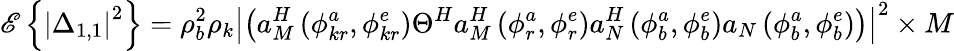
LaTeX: \mathscr{E}\left\{ \left|\Delta_{1,1}\right|^{2}\right\} =\rho_{b}^{2}\rho_{k}\left|\left(a_{M}^{H}\left(\phi_{kr}^{a},\phi_{kr}^{e}\right)\Theta^{H}a_{M}^{H}\left(\phi_{r}^{a},\phi_{r}^{e}\right)a_{N}^{H}\left(\phi_{b}^{a},\phi_{b}^{e}\right)a_{N}\left(\phi_{b}^{a},\phi_{b}^{e}\right)\right)\right|^{2}\times M